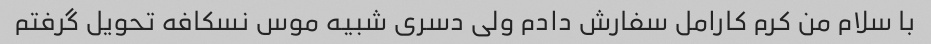
با سلام من کرم کارامل سفارش دادم ولی دسری شبیه موس نسکافه تحویل گرفتم